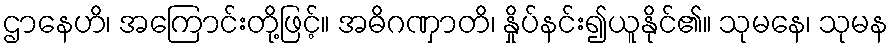
ဌာနေဟိ၊ အကြောင်းတို့ဖြင့်။ အဓိဂဏှာတိ၊ နှိုပ်နင်း၍ယူနိုင်၏။ သုမနေ၊ သုမန